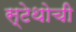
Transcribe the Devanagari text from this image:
स्टेथोची